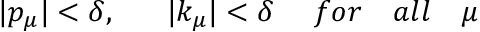
| p _ { \mu } | < \delta , \ \ \ \ \ | k _ { \mu } | < \delta \ \ \ \ f o r \ \ \ a l l \ \ \ \mu